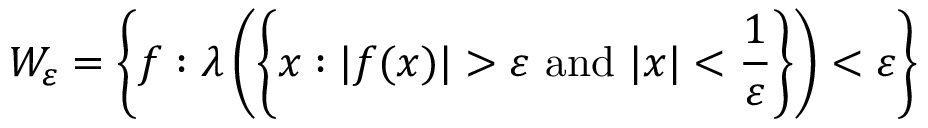
W _ { \varepsilon } = \left\{ f : \lambda \left( \left\{ x : | f ( x ) | > \varepsilon { \mathrm { ~ a n d ~ } } | x | < { \frac { 1 } { \varepsilon } } \right\} \right) < \varepsilon \right\}